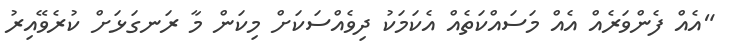
"އެއް ފެންވަރެއް އެއް މަސައްކަތެއް އެކަމަކު ދިވެއްސަކަށް މިކަން މާ ރަނގަޅަށް ކުރެވޭއިރު